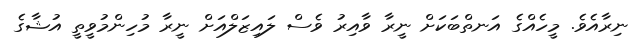
ނިރާއެވެ. މީހެއްގެ އަނތްބަކަށް ނީރާ ވާއިރު ވެސް ލައިޒަލްއަށް ނީރާ މުހިންމުވީތީ އުޝާގެ